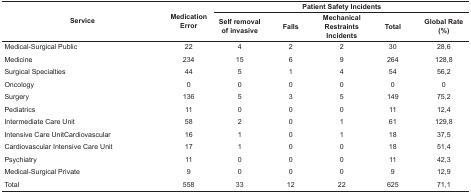
<table><thead><tr><td rowspan="2"><b>Service</b></td><td rowspan="2"><b>Medication Error</b></td><td colspan="5"><b>Patient Safety Incidents </b></td></tr><tr><td><b>Self removal of invasive</b></td><td><b>Falls</b></td><td><b>Mechanical RestraintsIncidents</b></td><td><b>Total</b></td><td><b>Global Rate (%)</b></td></tr></thead><tbody><tr><td>Medical-Surgical Public</td><td>22</td><td>4</td><td>2</td><td>2</td><td>30</td><td>28,6</td></tr><tr><td>Medicine</td><td>234</td><td>15</td><td>6</td><td>9</td><td>264</td><td>128,8</td></tr><tr><td>Surgical Specialties</td><td>44</td><td>5</td><td>1</td><td>4</td><td>54</td><td>56,2</td></tr><tr><td>Oncology</td><td>0</td><td>0</td><td>0</td><td>0</td><td>0</td><td>0</td></tr><tr><td>Surgery</td><td>136</td><td>5</td><td>3</td><td>5</td><td>149</td><td>75,2</td></tr><tr><td>Pediatrics</td><td>11</td><td>0</td><td>0</td><td>0</td><td>11</td><td>12,4</td></tr><tr><td>Intermediate Care Unit</td><td>58</td><td>2</td><td>0</td><td>1</td><td>61</td><td>129,8</td></tr><tr><td>Intensive CareUnitCardiovascular</td><td>16</td><td>1</td><td>0</td><td>1</td><td>18</td><td>37,5</td></tr><tr><td>Cardiovascular Intensive CareUnit</td><td>17</td><td>1</td><td>0</td><td>0</td><td>18</td><td>51,4</td></tr><tr><td>Psychiatry</td><td>11</td><td>0</td><td>0</td><td>0</td><td>11</td><td>42,3</td></tr><tr><td>Medical-Surgical Private</td><td>9</td><td>0</td><td>0</td><td>0</td><td>9</td><td>12,9</td></tr><tr><td>Total</td><td>558</td><td>33</td><td>12</td><td>22</td><td>625</td><td>71,1</td></tr></tbody></table>